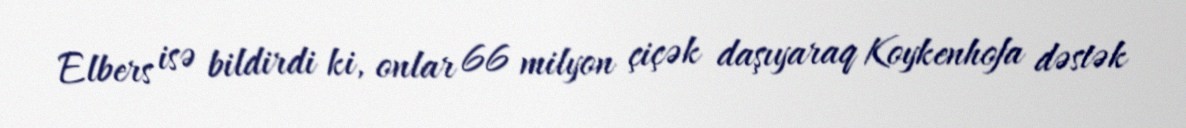
Elbers isə bildirdi ki, onlar 66 milyon çiçək daşıyaraq Koykenhofa dəstək